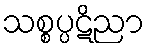
သစ္စပ္ပဋိညာ